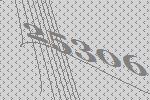
25306